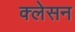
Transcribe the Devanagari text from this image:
क्‍लेसन